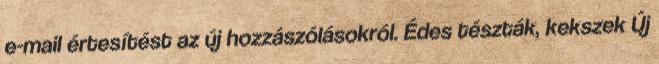
e-mail értesítést az új hozzászólásokról. Édes tészták, kekszek Új